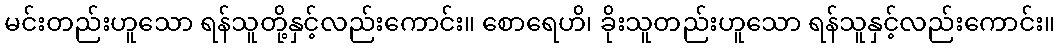
မင်းတည်းဟူသော ရန်သူတို့နှင့်လည်းကောင်း။ စောရေဟိ၊ ခိုးသူတည်းဟူသော ရန်သူနှင့်လည်းကောင်း။